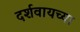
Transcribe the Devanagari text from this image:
दर्शवायच्या